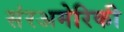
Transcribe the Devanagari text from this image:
संरअमेरिकी